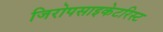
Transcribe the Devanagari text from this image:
जिरोपसाइकेटरिस्ट